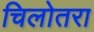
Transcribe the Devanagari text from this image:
चिलोतरा